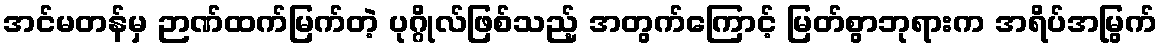
အင်မတန်မှ ဉာဏ်ထက်မြက်တဲ့ ပုဂ္ဂိုလ်ဖြစ်သည့် အတွက်ကြောင့် မြတ်စွာဘုရားက အရိပ်အမြွက်